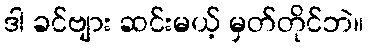
ဒါ ခင်ဗျား ဆင်းမယ့် မှတ်တိုင်ဘဲ။